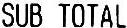
SUB TOTAL